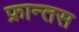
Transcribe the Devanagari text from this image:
फ्रान्तस